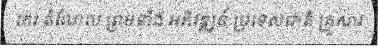
កេរ តំណែល ព្រមទាំង អភិវឌ្ឍន៍ ប្រទេសជាតិ គ្រួសារ